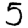
Digit: 5